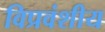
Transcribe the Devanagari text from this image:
विप्रवंशीय